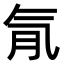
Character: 𣱙